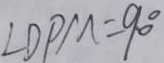
\angle D P M = 9 0 ^ { \circ }